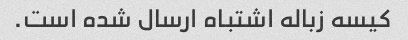
کیسه زباله اشتباه ارسال شده است.